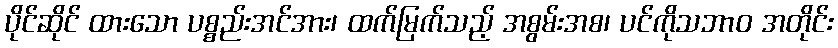
ပိုင်ဆိုင် ထားသော ပစ္စည်းအင်အား၊ ထက်မြက်သည့် အစွမ်းအစ၊ ပင်ကိုသဘာဝ အတိုင်း